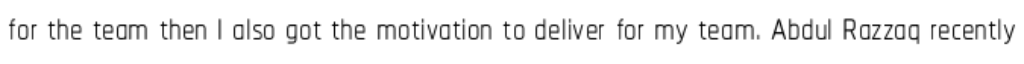
for the team then I also got the motivation to deliver for my team. Abdul Razzaq recently